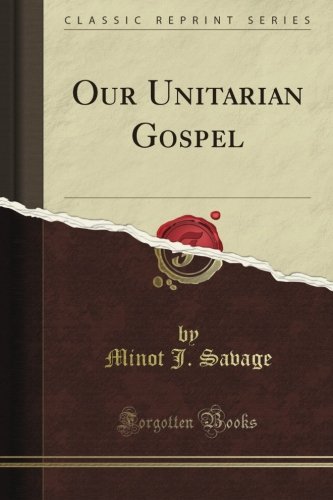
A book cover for Our Unitarian Gospel (Classic Reprint); Minot J. Savage; Religion & Spirituality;